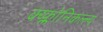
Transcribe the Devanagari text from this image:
क्य्क्लोनिकल्ल्य